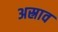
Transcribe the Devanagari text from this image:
अस्राव